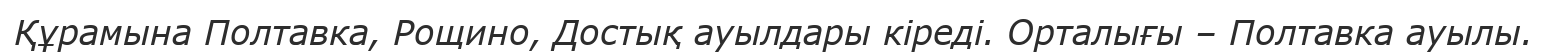
Құрамына Полтавка, Рощино, Достық ауылдары кіреді. Орталығы – Полтавка ауылы.